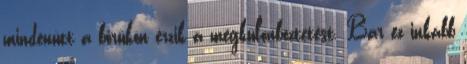
mindenütt a bőrükön érzik a megkülönböztetést. Bár ez inkább